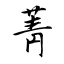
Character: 菁